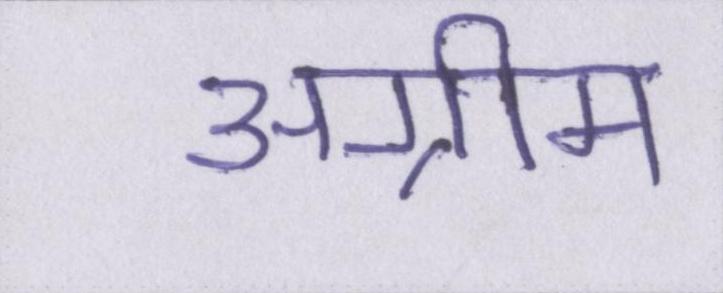
अग्रीम